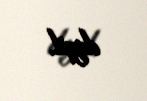
deyil.